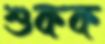
শুকক